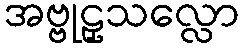
အဗ္ဗုဠှသလ္လော